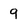
Character: 9